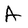
Character: A